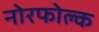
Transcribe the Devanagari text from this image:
नोरफोल्क